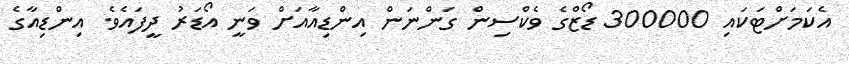
އެކަމަށްޓަކައި 300000 ޑޯޒްގެ ވެކްސިން ގަންނަން އިންޑިއާއަށް ވަނީ އޯޑަރު ދީފައެވެ. އިންޑިއާގެ